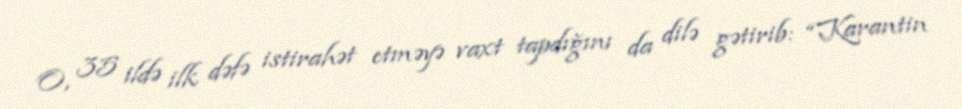
O, 35 ildə ilk dəfə istirahət etməyə vaxt tapdığını da dilə gətirib: “Karantin